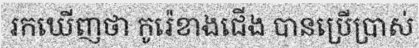
រកឃើញថា កូរ៉េខាងជើង បានប្រើប្រាស់